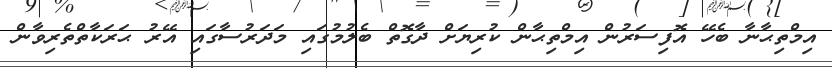
އިމްތިޙާނާ ބެހޭ އޮފިސަރުން އިމްތިޙާން ކުރިޔަށް ދާގޮތް ބެލުމުގައި މަދަރުސާގައި އޭރު ޙަރަކާތްތެރިވާން